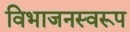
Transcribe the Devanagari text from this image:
विभाजनस्वरूप